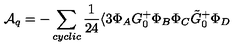
{ \cal A } _ { q } = - \sum _ { c y c l i c } \frac { 1 } { 2 4 } \langle 3 \Phi _ { A } G _ { 0 } ^ { + } \Phi _ { B } \Phi _ { C } \tilde { G } _ { 0 } ^ { + } \Phi _ { D }